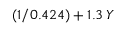
( 1 / 0 . 4 2 4 ) + 1 . 3 \, Y